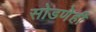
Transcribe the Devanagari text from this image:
सोडणेही